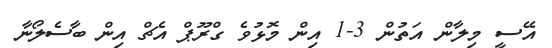
އޭސީ މިލާން އަތުން 3-1 އިން މޮޅުވެ ގްރޫޕް އެޗް އިން ބާސެލޯނާ